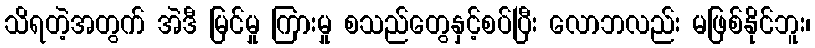
သိရတဲ့အတွက် အဲဒီ မြင်မှု ကြားမှု စသည်တွေနှင့်စပ်ပြီး လောဘလည်း မဖြစ်နိုင်ဘူး၊